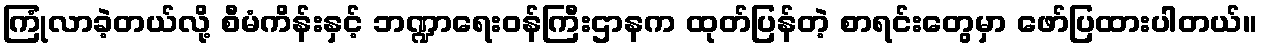
ကြုံလာခဲ့တယ်လို့ စီမံကိန်းနှင့် ဘဏ္ဍာရေးဝန်ကြီးဌာနက ထုတ်ပြန်တဲ့ စာရင်းတွေမှာ ဖော်ပြထားပါတယ်။